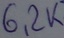
Text: 6,2K